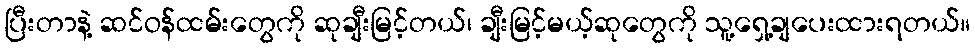
ပြီးတာနဲ့ ဆင်ဝန်ထမ်းတွေကို ဆုချီးမြင့်တယ်၊ ချီးမြင့်မယ့်ဆုတွေကို သူ့ရှေ့ချပေးထားရတယ်။